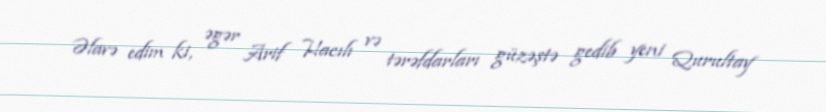
Əlavə edim ki, əgər Arif Hacılı və tərəfdarları güzəştə gedib yeni Qurultay